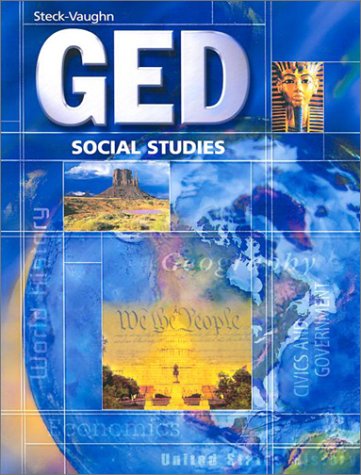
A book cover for Steck-Vaughn GED: Student Edition Social Studies; STECK-VAUGHN; Test Preparation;